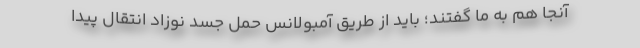
آنجا هم به ما گفتند؛ باید از طریق آمبولانس حمل جسد نوزاد انتقال پیدا